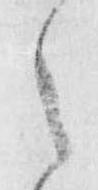
之